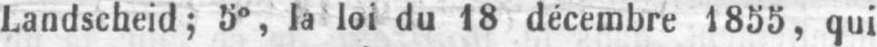
Landscheid; 5°, la loi du 18 décembre 1855, qui